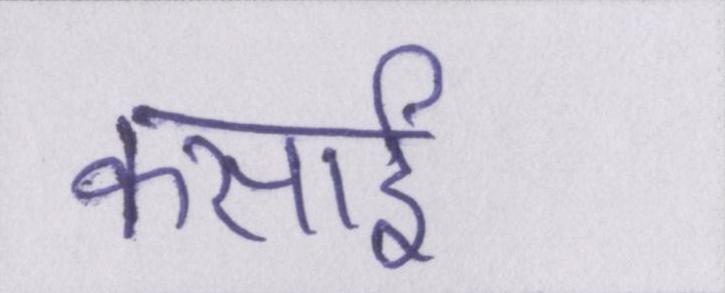
कसाई